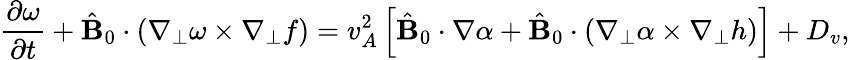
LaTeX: \frac{\partial\omega}{\partial t}+\hat{\mathbf B}_{0}\cdot(\nabla_{\perp}\omega\times\nabla_{\perp}f)=v_{A}^{2}\left[\hat{\mathbf B}_{0}\cdot\nabla\alpha+\hat{\mathbf B}_{0}\cdot(\nabla_{\perp}\alpha\times\nabla_{\perp}h)\right]+D_{v},